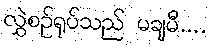
လွှဲစဉ်ရုပ်သည် မချမီ....